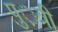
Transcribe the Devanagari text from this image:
पु़़त्री